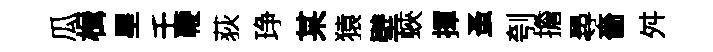
瓜楫星壬鞭荻琤某猿壁蛺揮蚤刳擔尋嗇舛